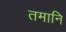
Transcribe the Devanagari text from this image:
तमानि